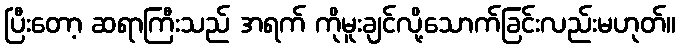
ပြီးတော့ ဆရာကြီးသည် အရက် ကိုမူးချင်လို့သောက်ခြင်းလည်းမဟုတ်။